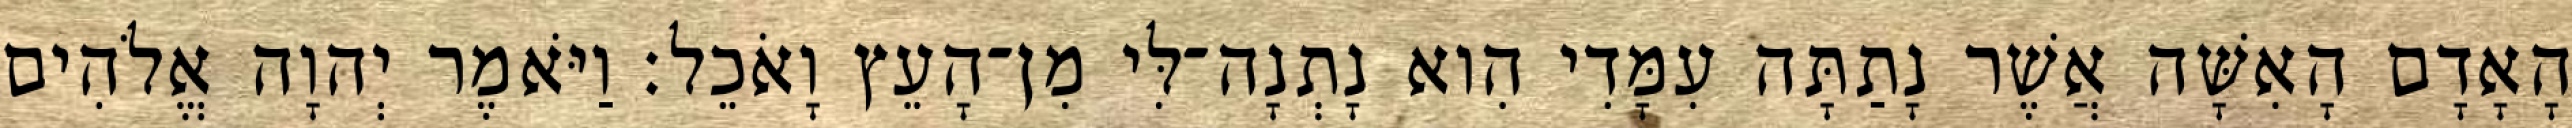
הָאָדָם הָאִשָּׁה אֲשֶׁר נָתַתָּה עִמָּדִי הִוא נָתְנָה־לִּי מִן־הָעֵץ וָאֹכֵל׃ וַיֹּאמֶר יְהוָה אֱלֹהִים